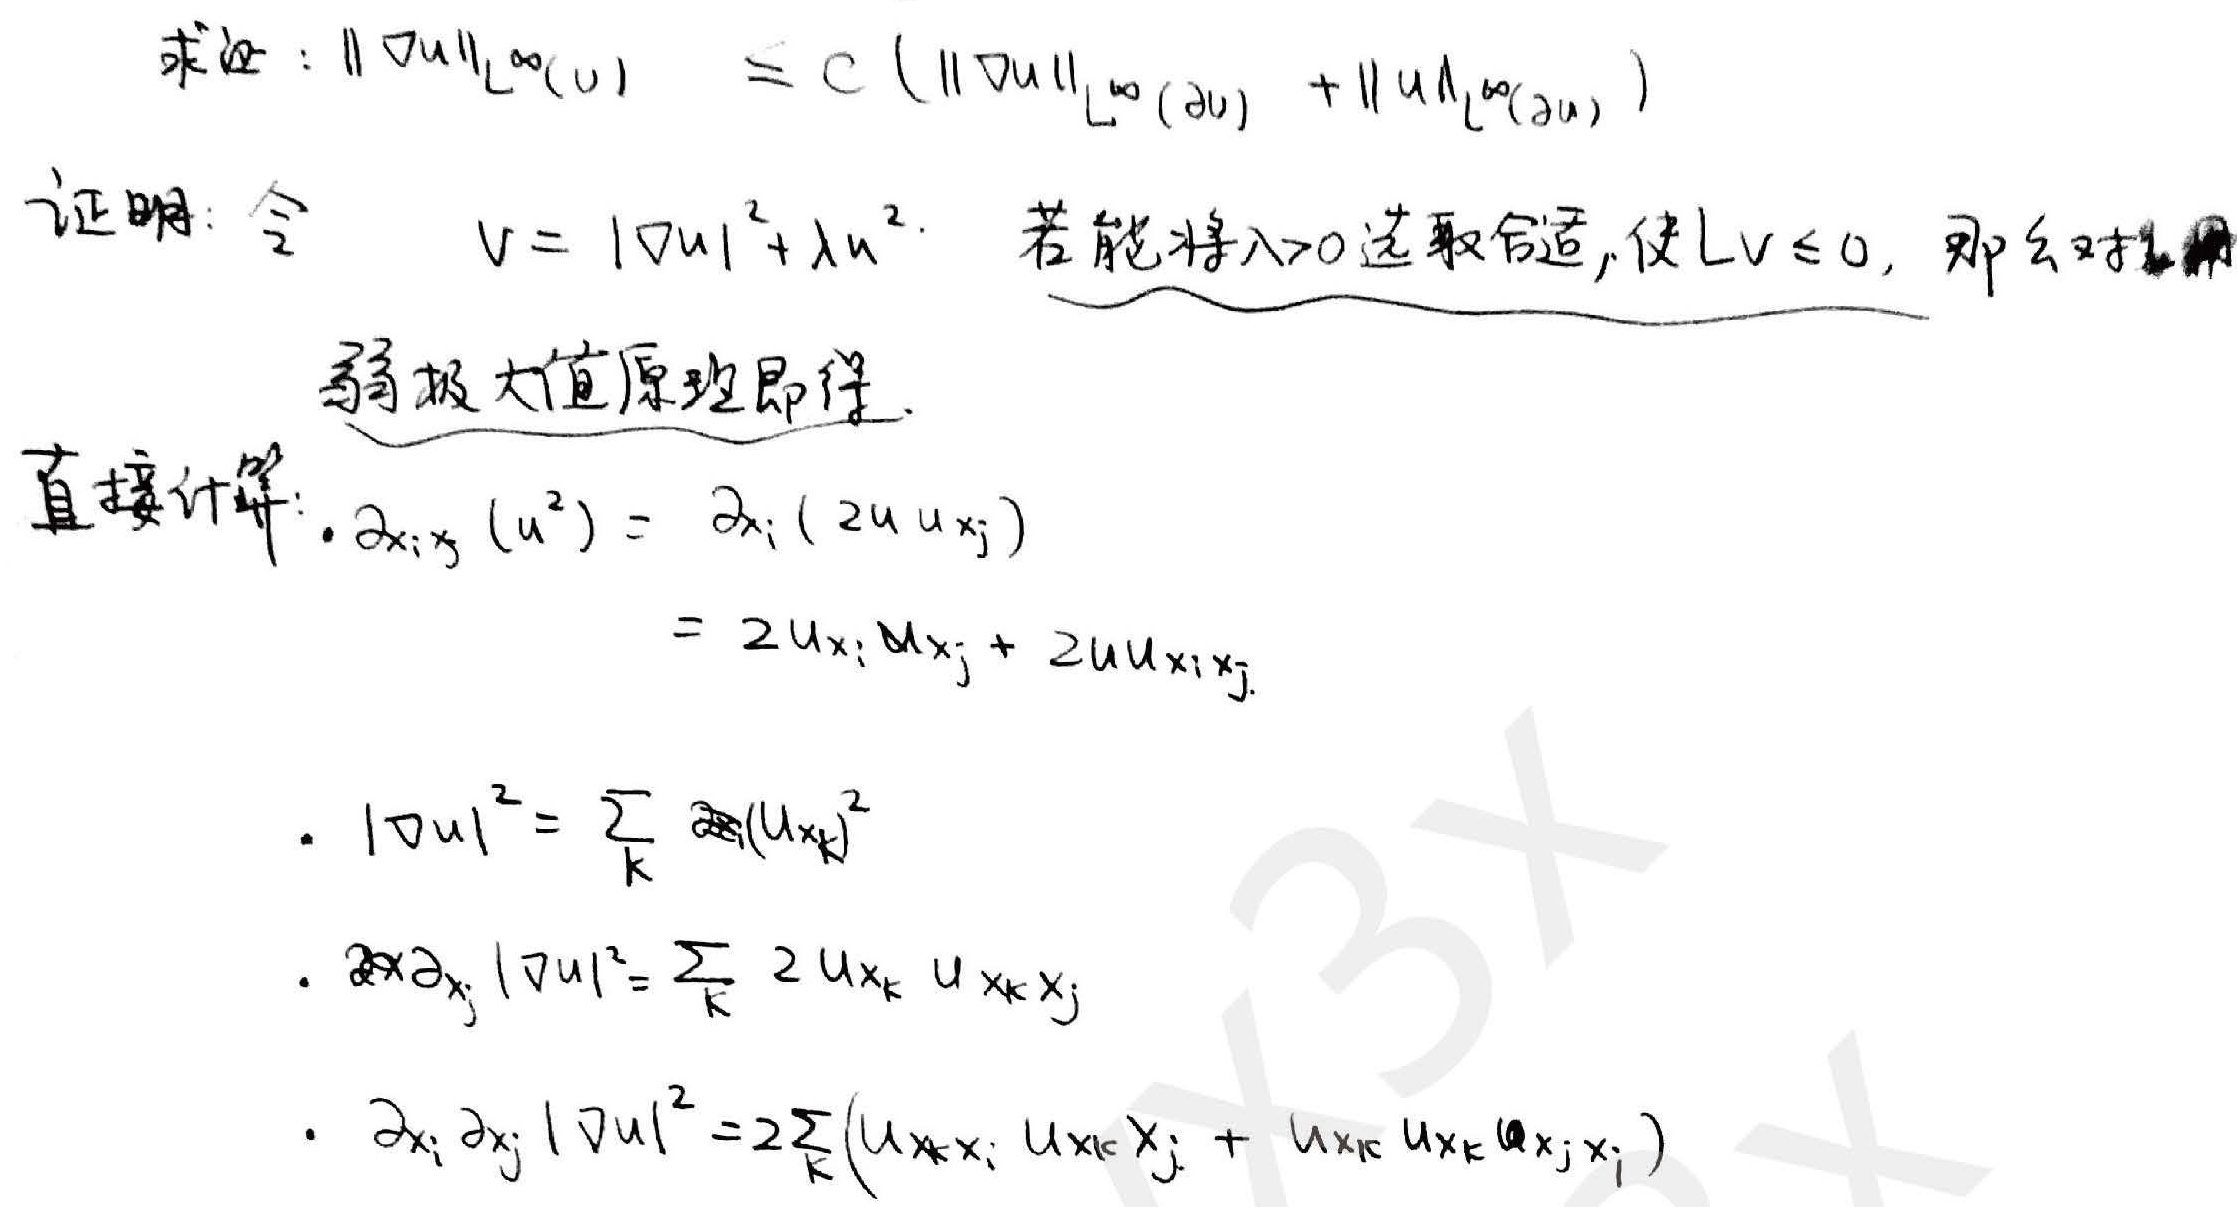
求证：$\|\nabla u\|_{L^{\infty}(U)} \leq C\left(\|\nabla u\|_{L^{\infty}(\partial U)}+\|u\|_{L^{\infty}(\partial U)}\right)$

证明：令 $V = |\nabla u|^{2}+\lambda u^{2}$. 若能将 $\lambda > 0$ 选取合适, 使 $LV\leq0$, 那么对 $V$ 用弱极大值原理即得.

直接计算：
- $\partial_{x_{i}x_{j}}(u^{2})=\partial_{x_{i}}(2u u_{x_{j}})=2u_{x_{i}}u_{x_{j}} + 2u u_{x_{i}x_{j}}$
- $|\nabla u|^{2}=\sum_{k}(u_{x_{k}})^{2}$
- $\partial_{x_{j}}|\nabla u|^{2}=\sum_{k}2u_{x_{k}}u_{x_{k}x_{j}}$
- $\partial_{x_{i}}\partial_{x_{j}}|\nabla u|^{2}=2\sum_{k}(u_{x_{k}x_{i}}u_{x_{k}x_{j}}+u_{x_{k}}u_{x_{k}x_{j}x_{i}})$